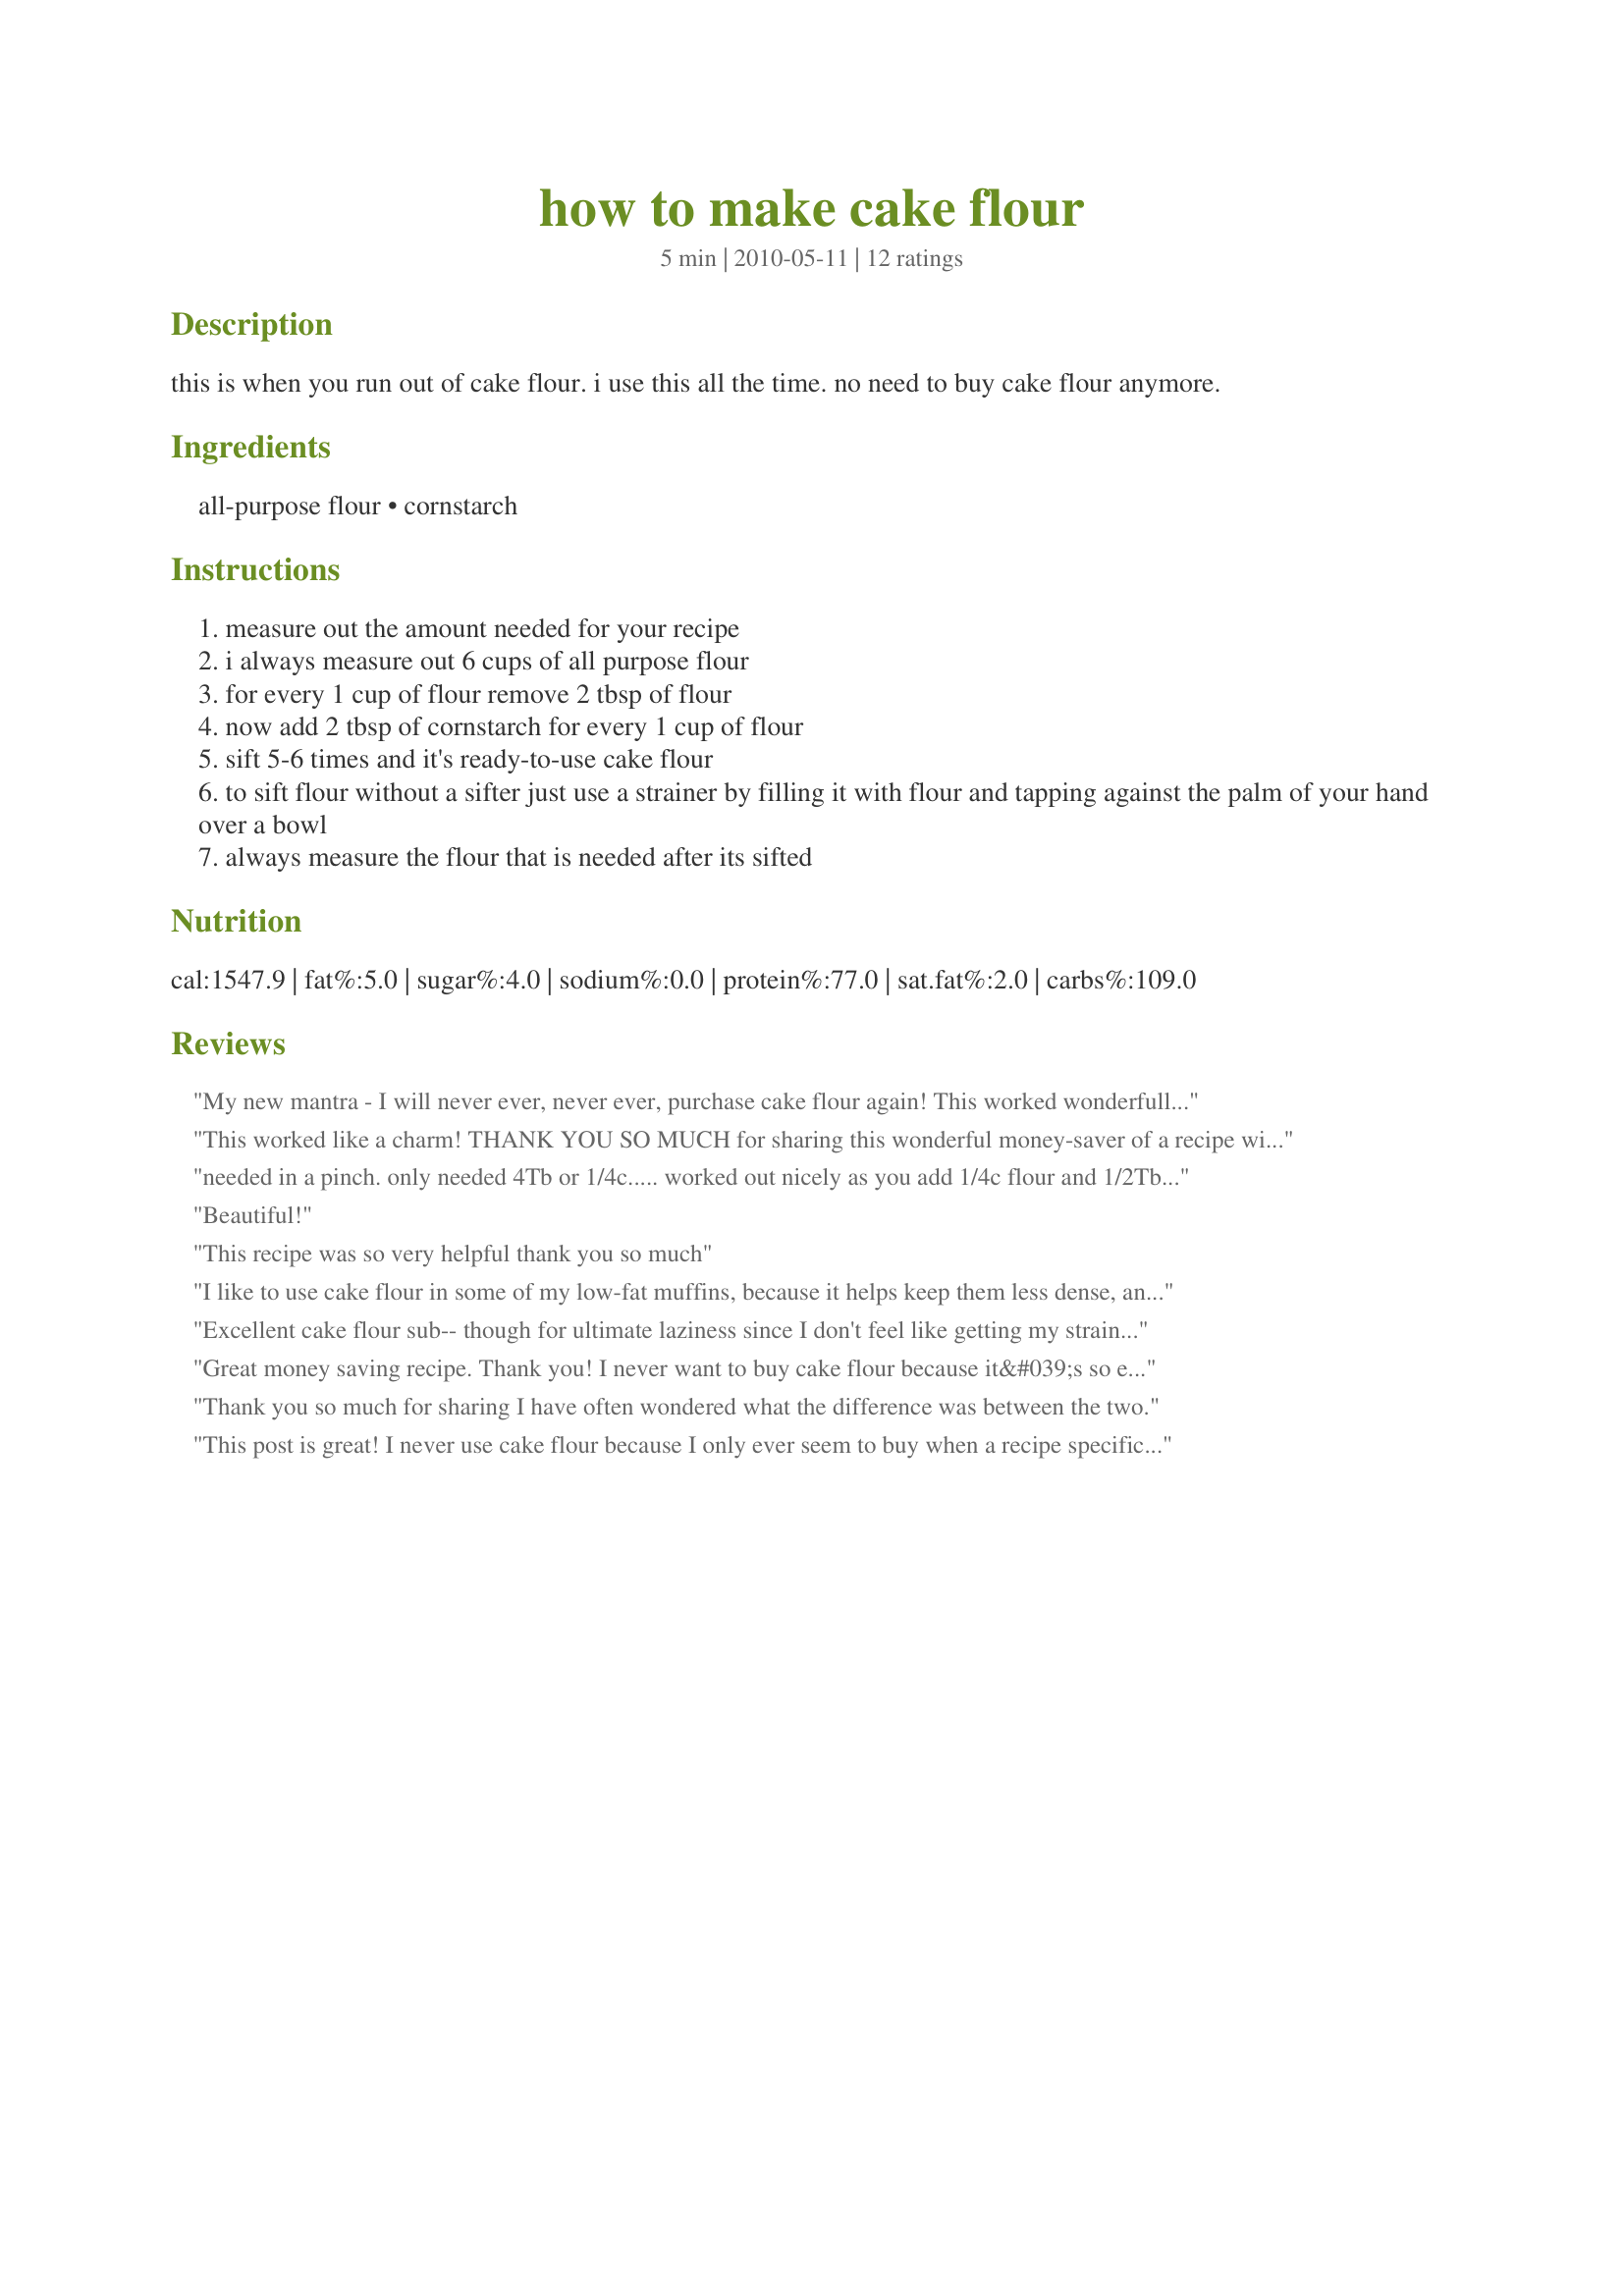
how to make cake flour
Preparation time: 5 minutes

this is when you run out of cake flour. i use this all the time. no need to buy cake flour anymore.

Ingredients:
all-purpose flour, cornstarch

Steps:
measure out the amount needed for your recipe
i always measure out 6 cups of all purpose flour
for every 1 cup of flour remove 2 tbsp of flour
now add 2 tbsp of cornstarch for every 1 cup of flour
sift 5-6 times and it's ready-to-use cake flour
to sift flour without a sifter just use a strainer by filling it with flour and tapping against the palm of your hand over a bowl
always measure the flour that is needed after its sifted

Reviews:
My new mantra - I will never ever, never ever, purchase cake flour again! This worked wonderfully in a dark chocolate cake I made for a friend's birthday. I turned the cake into cupcakes and they were so light and fluffy and I truly feel it is due to the freshness of the cake flour. I had no idea but now that I know I'll never purchase it again. Thanks for sharing such a wonderful recipe that will help save me time and money in my kitchen! Made for I Recommend Tag game.
This worked like a charm! THANK YOU SO MUCH for sharing this wonderful money-saver of a recipe with us, XAbbbyy!<br/>Made and reviewed for PAC Fall 2011.
needed in a pinch. only needed 4Tb or 1/4c..... worked out nicely as you add 1/4c flour and 1/2Tb cornstarch. thanks!!!!
Beautiful!
This recipe was so very helpful thank you so much
I like to use cake flour in some of my low-fat muffins, because it helps keep them less dense, and on Lalaloula's recommendation, I decided to try this. It works! And is easy and cheaper!!! Thanks for this helpful tip!
Excellent cake flour sub-- though for ultimate laziness since I don't feel like getting my strainer dirty...I just put the cornstarch and flour (spooning it into the measuring cup-- as putting the cup into the flour bag just packs it in and makes it dense; gently spoon it out!) into a bowl and stirred with a fork to disperse the cornstarch, and it worked just perfect. If you're allergic to corn, potato starch and arrowroot powder also make good "softeners".
Great money saving recipe. Thank you! I never want to buy cake flour because it&#039;s so expensive. I end up avoiding recipes that call for it. Now I use this recipe and just go for it when the recipe call for cake flour.
Thank you so much for sharing I have often wondered what the difference was between the two.
This post is great! I never use cake flour because I only ever seem to buy when a recipe specifically says to use it. I never knew the great things cake flour could do for my baked goods. I will definitely be giving this a shot. I&#039;d love see more posts like this. Thanks for sharing! http://www.juiceblendz.com/
You might want to rectify US to metric measurement as dry items are not measured in ml...not ever. Also for this the methodology only needs to specify how much corn starch needs to be added to to flour to make cake flour.
This is an easy to remember recipe. It worked well for me. The more times you sift the flour, the better.
